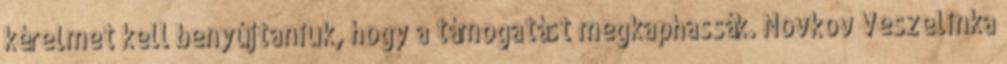
kérelmet kell benyújtaniuk, hogy a támogatást megkaphassák. Novkov Veszelinka